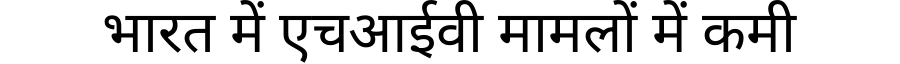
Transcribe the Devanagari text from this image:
भारत में एचआईवी मामलों में कमी